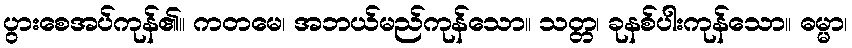
ပွားစေအပ်ကုန်၏။ ကတမေ၊ အဘယ်မည်ကုန်သော။ သတ္တ၊ ခုနစ်ပါးကုန်သော။ ဓမ္မာ၊